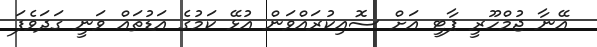
އޭނާ ޖުމްހޫރީ ޕާޓީ އަށް ސޮއިކުރައްވަން އުޅޭ ކަމުގެ އަޑުތައް ވަނީ ގަދަވެފަ